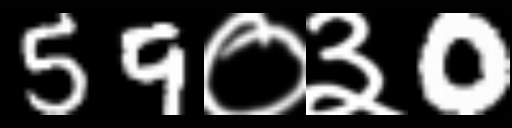
Text: 59०३0